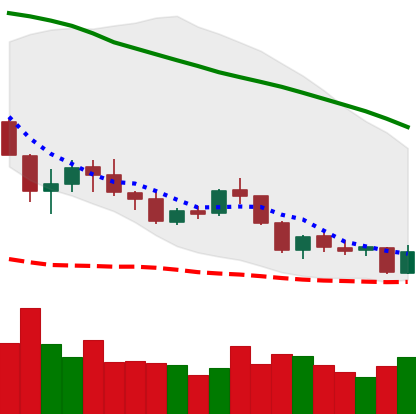
Ticker: NEO-USD
Chart end date: 2018-05-29
Forward return: 8.271%
Label: up_7plus